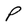
Character: P